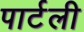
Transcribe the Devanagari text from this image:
पार्टली